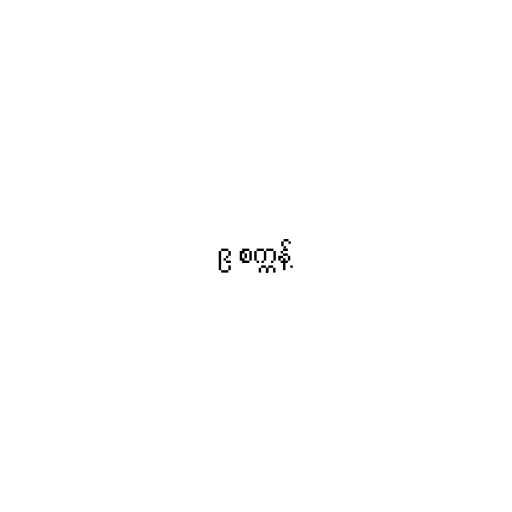
၉ စက္ကန့်